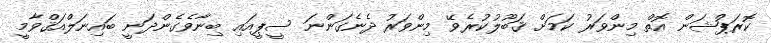
ކޮރަޕްޝަން އޮތް މިންވަރު ކަމަށް ޤަބޫލުކުރެވޭ މިންވަރު ދެނެގަންނަ ސީޕީއައި ބިނާވެގެންދަނީ ބައިނަލްއަޤްވާމީ